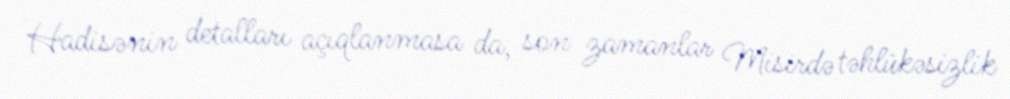
Hadisənin detalları açıqlanmasa da, son zamanlar Misirdə təhlükəsizlik